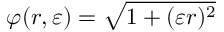
\varphi ( r , \varepsilon ) = \sqrt { 1 + ( \varepsilon r ) ^ { 2 } }